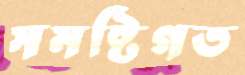
সমষ্টিগত